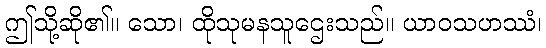
ဤသို့ဆို၏။ သော၊ ထိုသုမနသူဌေးသည်။ ယာဝသဟဿံ၊